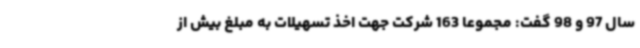
سال 97 و 98 گفت: مجموعاً 163 شرکت جهت اخذ تسهیلات به مبلغ بیش‌ از